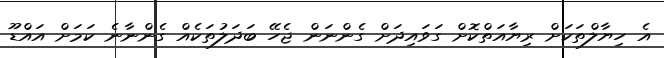
އެ ހިޔާލްތަކަށް ރިޔާއަތްކޮށް ގަވައިދަށް ގެންނަން ޖެހޭ ބަދަލުތަކެއް ގެންނާނެ ކަމަށް އައްޑޫ